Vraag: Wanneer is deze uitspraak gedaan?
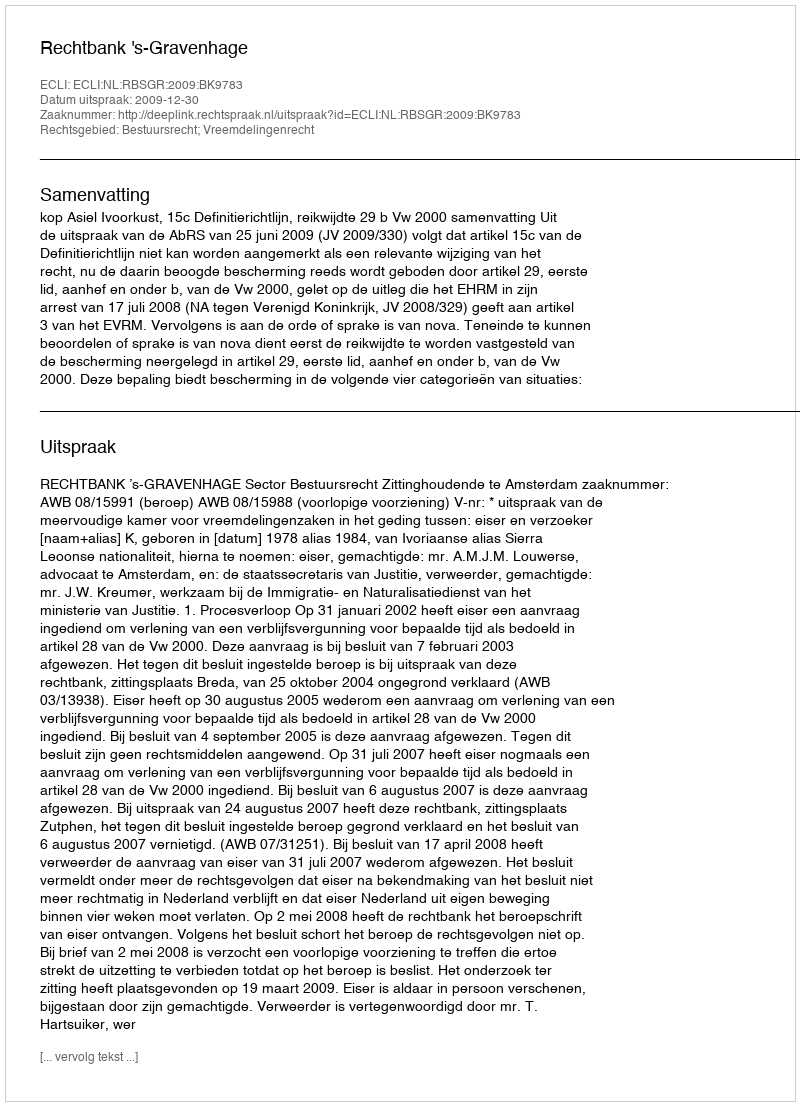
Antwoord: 2009-12-30